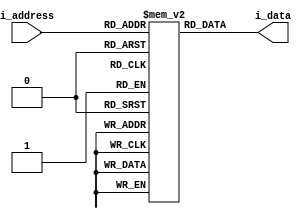
module InstructionMemory (
    input [7:0] i_address,
    output reg [11:0] i_data
);	
    reg [11:0] i_storage [255:0];
    
    always @(*)
        i_data = i_storage[i_address];
endmodule